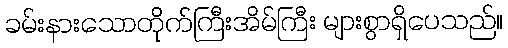
ခမ်းနားသောတိုက်ကြီးအိမ်ကြီး များစွာရှိပေသည်။